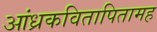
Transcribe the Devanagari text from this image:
आंध्रकवितापितामह